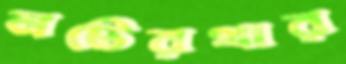
নটেরথার